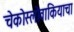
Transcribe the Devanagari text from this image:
चेकोस्लोवाकियाचा